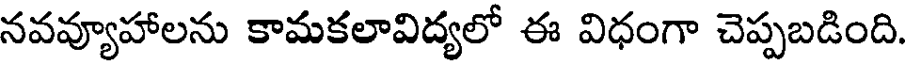
నవవ్యూహాలను కామకలావిద్యలో ఈ విధంగా చెప్పబడింది.